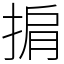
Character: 掮